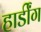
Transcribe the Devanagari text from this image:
हार्डींग